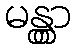
မန္တွာ